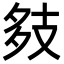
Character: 㩼